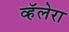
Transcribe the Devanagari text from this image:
व्हॅलेरा